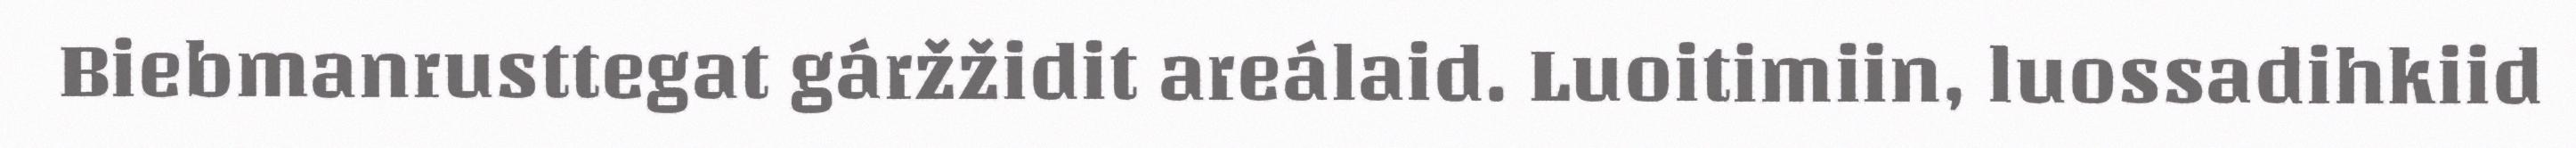
Biebmanrusttegat gáržžidit areálaid. Luoitimiin, luossadihkiid